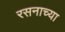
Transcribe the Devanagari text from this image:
रसनाच्या